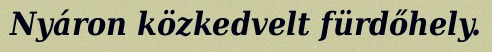
Nyáron közkedvelt fürdőhely.